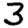
Digit: 3